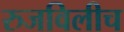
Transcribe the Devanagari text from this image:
रुजविलीच